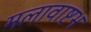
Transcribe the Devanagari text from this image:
मलावाष्टभ